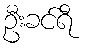
ဦးခင်ရီ